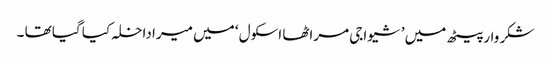
شکر وار پیٹھ میں ’ شیواجی مراٹھا اسکول ‘ میں میرا داخلہ کیا گیا تھا ۔